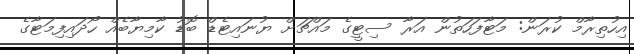
އިހުތިރާމް ކުރަން: މަޓާފަހަތުން އަރާ ސިޓީގެ މައްޗަށް ޔުނައިޓެޑް ބޮޑު ކާމިޔާބެއް ހޯދައިފިމަޓާގެ